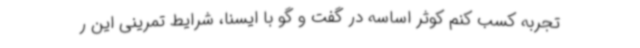
تجربه کسب کنم کوثر اساسه در گفت و گو با ایسنا، شرایط تمرینی این ر